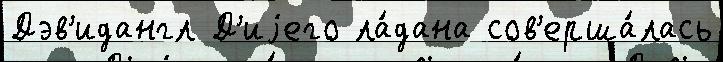
Дэв'идангл Д'иjего ла́дана сов'ерша́лась